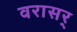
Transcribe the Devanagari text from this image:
वरासर्